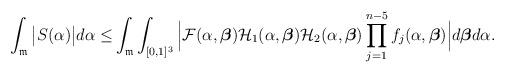
LaTeX: \begin{align*} \int_{\mathfrak{m}}\big|S(\alpha)\big|d\alpha \le & \int_{\mathfrak{m}}\int_{[0,1]^3}\Big|\mathcal{F}(\alpha,\boldsymbol{\beta})\mathcal{H}_1(\alpha,\boldsymbol{\beta})\mathcal{H}_2(\alpha,\boldsymbol{\beta}) \prod_{j=1}^{n-5}f_j(\alpha,\boldsymbol{\beta})\Big|d\boldsymbol{\beta}d\alpha.\end{align*}